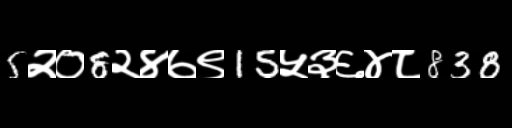
Text: 5२०8२४७९15५३६४८838